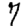
Digit: 7